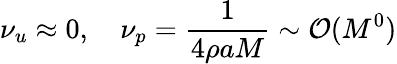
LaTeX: \nu_{u}\approx 0,\quad\nu_{p}=\frac{1}{4\rho aM}\sim\mathcal{O}(M^{0})